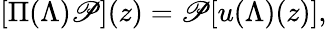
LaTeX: [\Pi(\Lambda)\mathscr{P}](z)=\mathscr{P}[u(\Lambda)(z)],